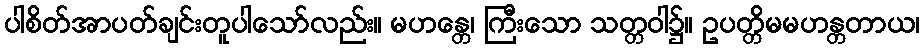
ပါစိတ်အာပတ်ချင်းတူပါသော်လည်း။ မဟန္တေ၊ ကြီးသော သတ္တဝါ၌။ ဥပတ္တိမမဟန္တတာယ၊